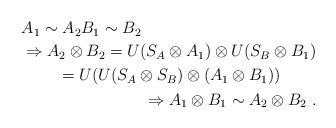
LaTeX: \begin{align*}\begin{multlined}A_1\sim A_2 B_1\sim B_2\\\Rightarrow A_2\otimes B_2=U(S_A\otimes A_1)\otimes U(S_B\otimes B_1) \\=U(U(S_A\otimes S_B)\otimes (A_1 \otimes B_1))\\ \Rightarrow A_1\otimes B_1\sim A_2\otimes B_2\;.\end{multlined}\end{align*}